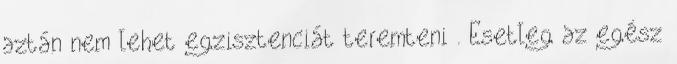
aztán nem lehet egzisztenciát teremteni . Esetleg az egész